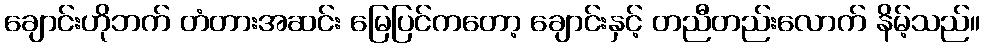
ချောင်းဟိုဘက် တံတားအဆင်း မြေပြင်ကတော့ ချောင်းနှင့် တညီတည်းလောက် နိမ့်သည်။